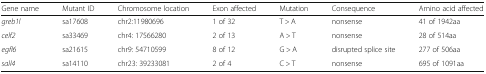
| Gene name | Mutant ID | Chromosome location | Exon affected | Mutation | Consequence | Amino acid affected |
 | --- | --- | --- | --- | --- | --- | --- |
 | greb1l | sa17608 | chr2:11980696 | 1 of 32 | T > A | nonsense | 41 of 1942aa |
 | celf2 | sa33469 | chr4: 17566280 | 2 of 13 | A > T | nonsense | 28 of 514aa |
 | egfl6 | sa21615 | chr9: 54710599 | 8 of 12 | G > A | disrupted splice site | 277 of 506aa |
 | sall4 | sa14110 | chr23: 39233081 | 2 of 4 | C > T | nonsense | 695 of 1091aa |